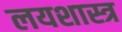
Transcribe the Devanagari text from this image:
लयशास्त्र